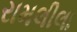
રામલીલા